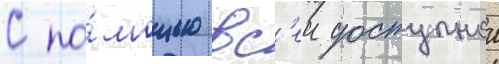
С по́мощью вс'еи доступнои